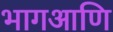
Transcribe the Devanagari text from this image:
भागआणि